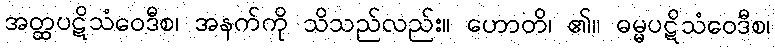
အတ္ထပဋိသံဝေဒီစ၊ အနက်ကို သိသည်လည်း။ ဟောတိ၊ ၏။ ဓမ္မပဋိသံဝေဒီစ၊